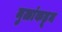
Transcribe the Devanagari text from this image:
मुळांकडून